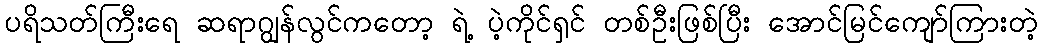
ပရိသတ်ကြီးရေ ဆရာဂျွန်လွင်ကတော့ ရဲ့ ပဲ့ကိုင်ရှင် တစ်ဦးဖြစ်ပြီး အောင်မြင်ကျော်ကြားတဲ့